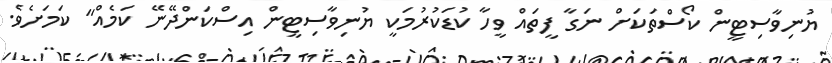
ޔުނިވާސިޓީން ކޯސްތަކަށް ނަގާ ފީތައް ވީހާ ކުޑަކުރުމަކީ ޔުނިވާސިޓީން އިސްކަންދޭނޭ ކަމެއް" ކަމަށެވެ.